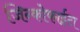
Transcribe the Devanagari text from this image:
जिन्कोफाईटा